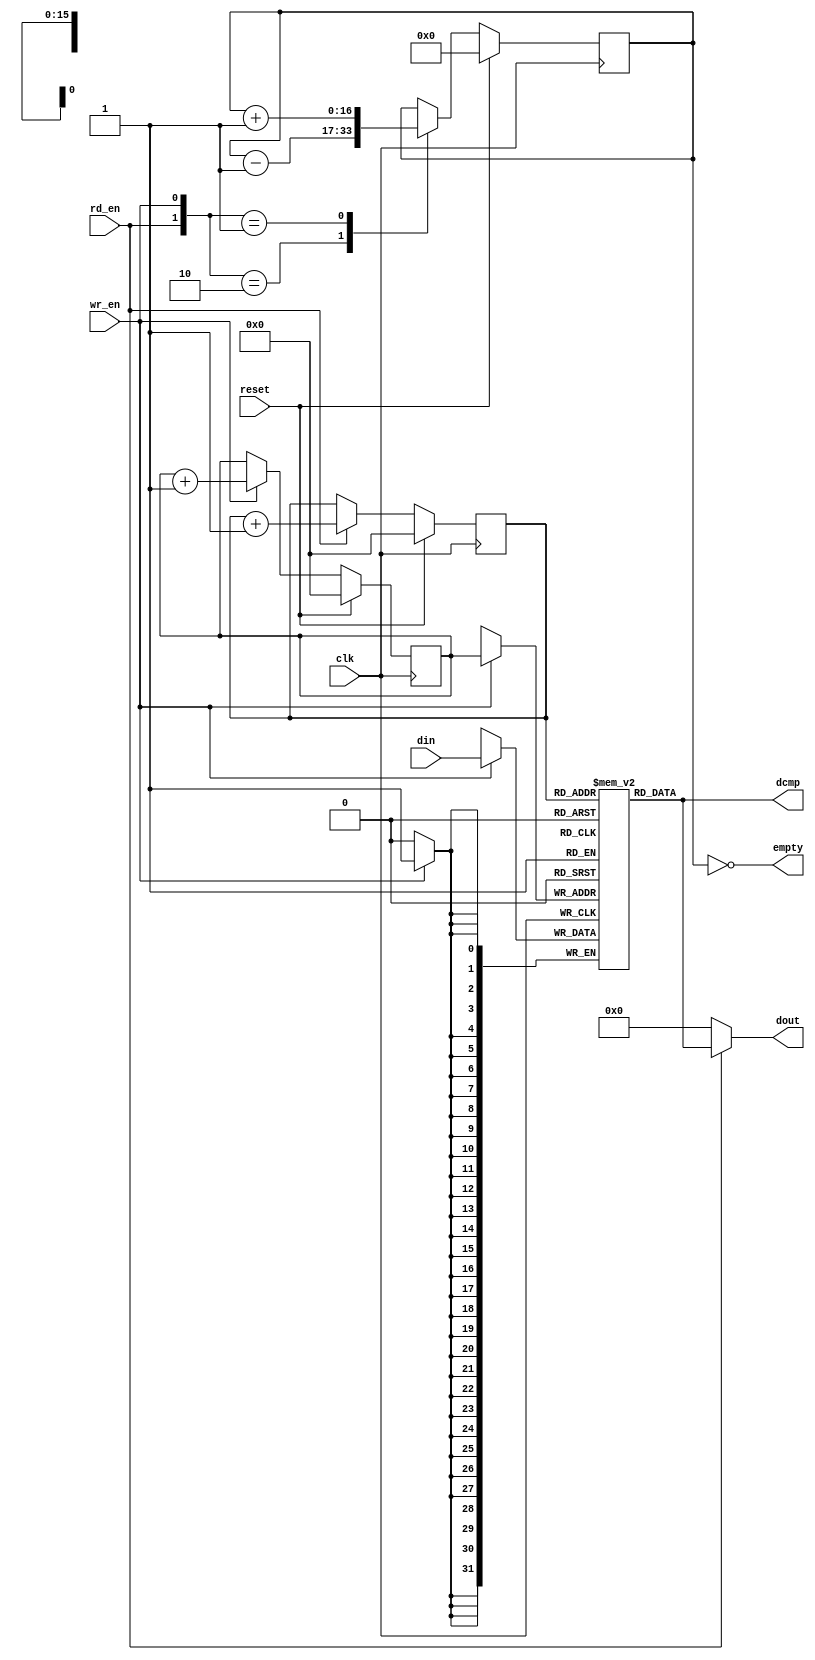
 ///////////////////////////////////////////////
// Module: sync_fifo.v
// Project:
// Description: Synchronous FIFO
//    data output (dout) is un-registered.
// Version: 1.0
/////////////////////////////////////////////////
module fifo16
   #(
      parameter DATA_WIDTH = 32,
      parameter LOG2_DEPTH = 16 // i.e. fifo depth=2**LOG2_DEPTH
   )
   (
      input [DATA_WIDTH-1:0]  din,
      input wr_en,
      input rd_en,
      output [DATA_WIDTH-1:0] dout,
      output [DATA_WIDTH-1:0] dcmp,
      //output full,
      output empty,
      input clk,
      input reset
   );

   parameter MAX_COUNT = 2**LOG2_DEPTH;
   reg   [LOG2_DEPTH-1 : 0]   rd_ptr;
   reg   [LOG2_DEPTH-1 : 0]   wr_ptr;
   reg   [DATA_WIDTH-1 : 0]   mem[MAX_COUNT-1 : 0];   //memory size: 2**LOG2_DEPTH
   reg   [LOG2_DEPTH : 0]     depth_cnt;

   always @(posedge clk) begin
      if(reset) begin
         wr_ptr <= 'h0;
         rd_ptr <= 'h0;
      end // end if
      else begin
         if(wr_en)begin
            wr_ptr <= wr_ptr+1;
         end
         if(rd_en)
            rd_ptr <= rd_ptr+1;
      end //end else
   end//end always

   assign empty= (depth_cnt=='h0);
   //assign full = (depth_cnt==MAX_COUNT);

   //comment if you want a registered dout
   assign dout = rd_en ? mem[rd_ptr]:'h0;
   assign dcmp = mem[rd_ptr];

   always @(posedge clk) begin
      if (wr_en)
         mem[wr_ptr] <= din;
   end //end always

   //uncomment if you want a registered dout
   //always @(posedge clk) begin
   //   if (reset)
   //      dout <= 'h0;
   //   else if (rd_en)
   //      dout <= mem[rd_ptr];
   //end

   always @(posedge clk) begin
      if (reset)
         depth_cnt <= 'h0;
      else begin
         case({rd_en,wr_en})
            2'b10    :  depth_cnt <= depth_cnt-1;
            2'b01    :  depth_cnt <= depth_cnt+1;
         endcase
      end //end else
   end //end always

endmodule